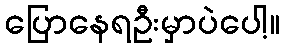
ပြောနေရဦးမှာပဲပေါ့။